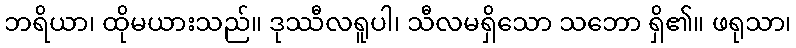
ဘရိယာ၊ ထိုမယားသည်။ ဒုဿီလရူပါ၊ သီလမရှိသော သဘော ရှိ၏။ ဖရုသာ၊